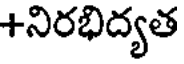
+నిరభిద్యత